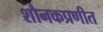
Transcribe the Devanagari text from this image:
शौनकप्रणीत